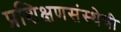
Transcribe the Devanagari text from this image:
प्रशिक्षणसंस्थेची